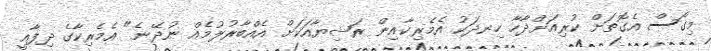
މިގޯސް އެގޮތަށް ކުރިއަށްދާހާ ހިނދަކު އެމެރިކާއިން ރަޝިޔާއަކަށް އެއްބާރުލުމެއް ނުދޭނެ" އެމެރިކާގެ ދިފާއީ